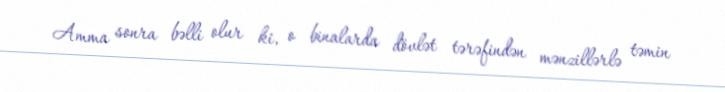
Amma sonra bəlli olur ki, o binalarda dövlət tərəfindən mənzillərlə təmin